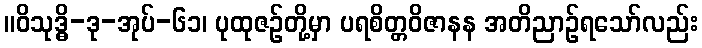
။ဝိသုဒ္ဓိ-ဒု-အုပ်-၆၁၊ ပုထုဇဉ်တို့မှာ ပရစိတ္တဝိဇာနန အတိညာဉ်ရသော်လည်း